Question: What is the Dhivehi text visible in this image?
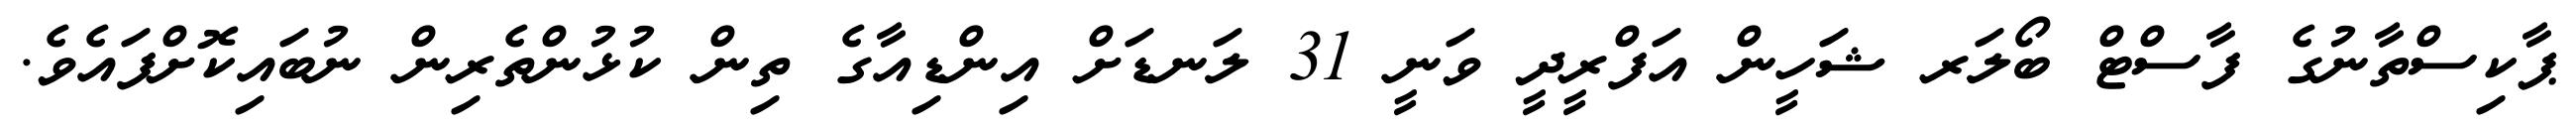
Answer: ޕާކިސްތާނުގެ ފާސްޓް ބޯލަރ ޝަހީން އަފްރީދީ ވަނީ 31 ލަނޑަށް އިންޑިއާގެ ތިން ކުޅުންތެރިން ނުބައިކޮށްފައެވެ.